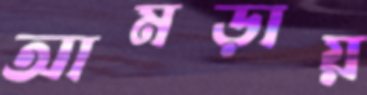
আমড়ায়